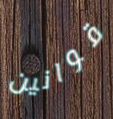
قوانين